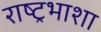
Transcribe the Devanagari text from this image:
राष्ट्रभाशा